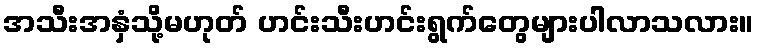
အသီးအနှံသို့မဟုတ် ဟင်းသီးဟင်းရွက်တွေများပါလာသလား။